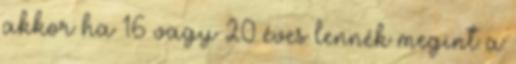
akkor ha 16 vagy 20 éves lennék megint a